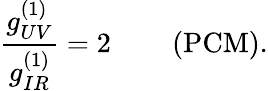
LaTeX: \frac{g_{UV}^{(1)}}{g_{IR}^{(1)}}=2\qquad\left(\mathrm{PCM}\right).